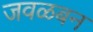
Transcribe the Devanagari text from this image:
जवळबन